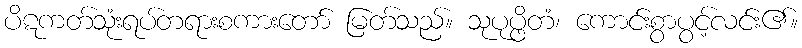
ပိဋကတ်သုံးရပ်တရားစကားတော် မြတ်သည်။ သုပုပ္ဖိတံ၊ ကောင်းစွာပွင့်လင်း၏။